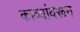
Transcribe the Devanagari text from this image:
काव्यांवरून